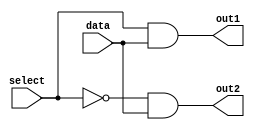
module demux_1to2 (
    input data,
    input select,
    output out1,
    output out2
);

assign out1 = (select & data);
assign out2 = (~select & data);

endmodule